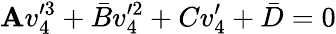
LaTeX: \mathbf{A}v_{4}^{\prime3}+\bar{{B}}v_{4}^{\prime2}+Cv_{4}^{\prime}+\bar{{D}}=0